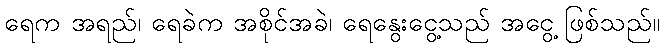
ရေက အရည်၊ ရေခဲက အစိုင်အခဲ၊ ရေနွေးငွေ့သည် အငွေ့ ဖြစ်သည်။